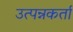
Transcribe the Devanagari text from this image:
उत्पन्नकर्ता